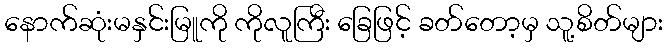
နောက်ဆုံးမနှင်းမြူကို ကိုလူကြီး ခြေဖြင့် ခတ်တော့မှ သူ့စိတ်များ